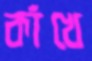
কাঁখে